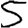
Digit: 5